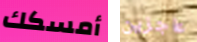
أمسكك عاجزين